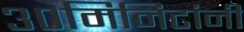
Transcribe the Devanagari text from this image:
३०मिनिटांनी